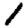
Digit: 1